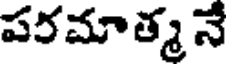
పరమాత్మ నే